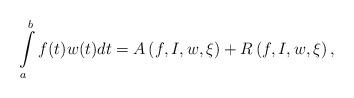
LaTeX: \begin{align*}\int\limits_{a}^{b}f(t)w(t)dt=A\left( f,I,w,\xi \right) +R\left( f,I,w,\xi\right) , \end{align*}